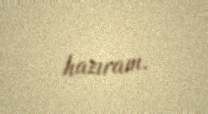
hazıram.